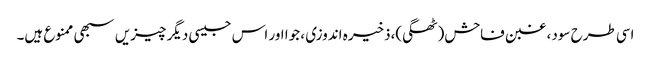
اسی طرح سود، غبن فاحش(ٹھگی)،ذخیرہ اندوزی ، جوا اور اس جیسی دیگر چیزیں سبھی ممنوع ہیں۔